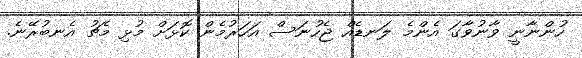
ހުންނާނީ ވާނުވާގަ އެންމެ ލަނޑެއް ޖެހުނަސް އަހަރުމެން ކޮޅަށް މުޅި މެޗު އެނބުރޭނެ.